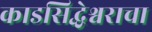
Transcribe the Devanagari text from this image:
काडसिद्धेश्वराचा